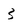
Character: 3